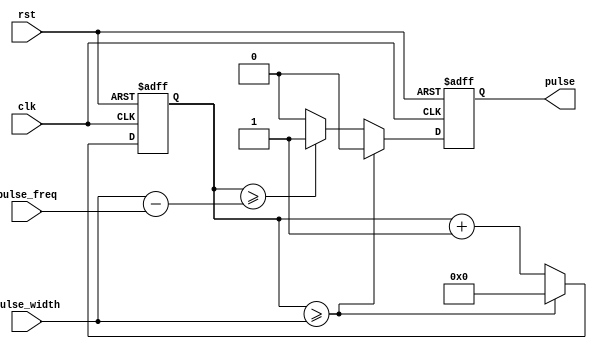
module SimplePulseGenerator (
  input clk,
  input rst,
  input [31:0] pulse_width,
  input [31:0] pulse_freq,
  output reg pulse
);

reg [31:0] counter;

always @(posedge clk or posedge rst) begin
  if (rst) begin
    counter <= 0;
    pulse <= 0;
  end else begin
    if (counter >= pulse_width) begin
      counter <= 0;
      pulse <= 0;
    end else begin
      counter <= counter + 1;
      if (counter >= (pulse_width - pulse_freq)) begin
        pulse <= 1;
      end else begin
        pulse <= 0;
      end
    end
  end
end

endmodule